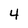
Character: 4